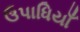
ઉપાધિયાઁ